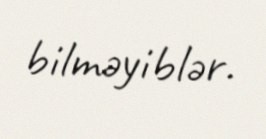
bilməyiblər.